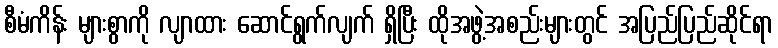
စီမံကိန်း များစွာကို လျာထား ဆောင်ရွက်လျက် ရှိပြီး ထိုအဖွဲ့အစည်းများတွင် အပြည်ပြည်ဆိုင်ရာ